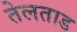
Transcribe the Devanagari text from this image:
तेलताड